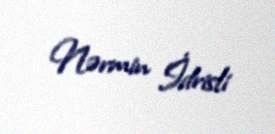
Nərmin İdrisli